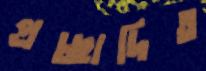
প্রচ্ছাদিত